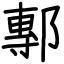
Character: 鄟